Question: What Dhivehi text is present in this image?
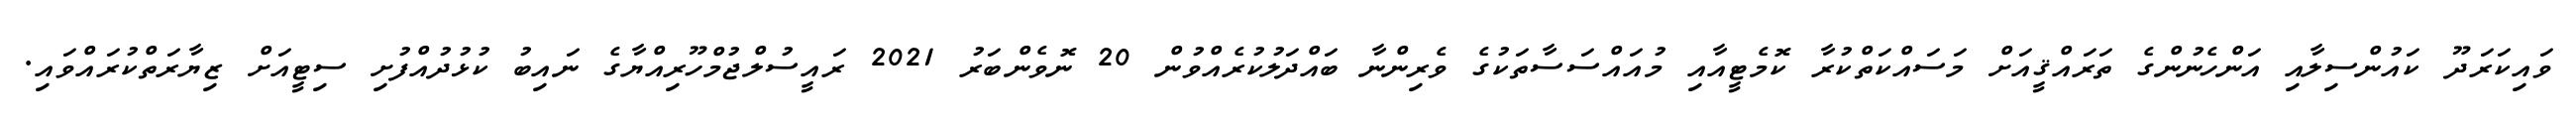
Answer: ވައިކަރަދޫ ކައުންސިލާއި އަންހެނުންގެ ތަރައްޤީއަށް މަސައްކަތްކުރާ ކޮމެޓީއާއި މުއައްސަސާތަކުގެ ވެރިންނާ ބައްދަލުކުރެއްވުން 20 ނޮވެންބަރު 2021 ރައީސުލްޖުމްހޫރިއްޔާގެ ނައިބު ކުޅުދުއްފުށި ސިޓީއަށް ޒިޔާރަތްކުރައްވައި.